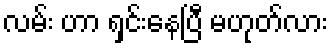
လမ်း ဟာ ရှင်းနေပြီ မဟုတ်လား